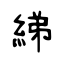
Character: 綈